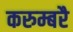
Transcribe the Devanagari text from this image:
करुम्बरै